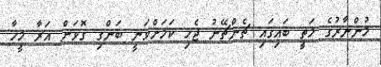
މުންނާރުގެ މަތީ ބައިގައި ޗެންޗޭނު ޖެހި ކަމަށްވަނީ ބަންގި ގޮވަން އަރާ މީހާ